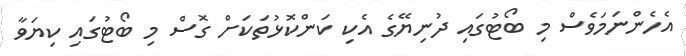
އެހެންނަމަވެސް މި ބޯޓުގައި ދުނިޔޭގެ އެކި ކަންކޮޅުތަކަށް ގޮސް މި ބޯޓުގައި ކިޔަވާ